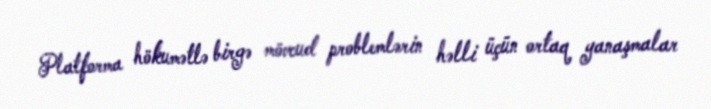
Platforma hökumətlə birgə mövcud problemlərin həlli üçün ortaq yanaşmalar